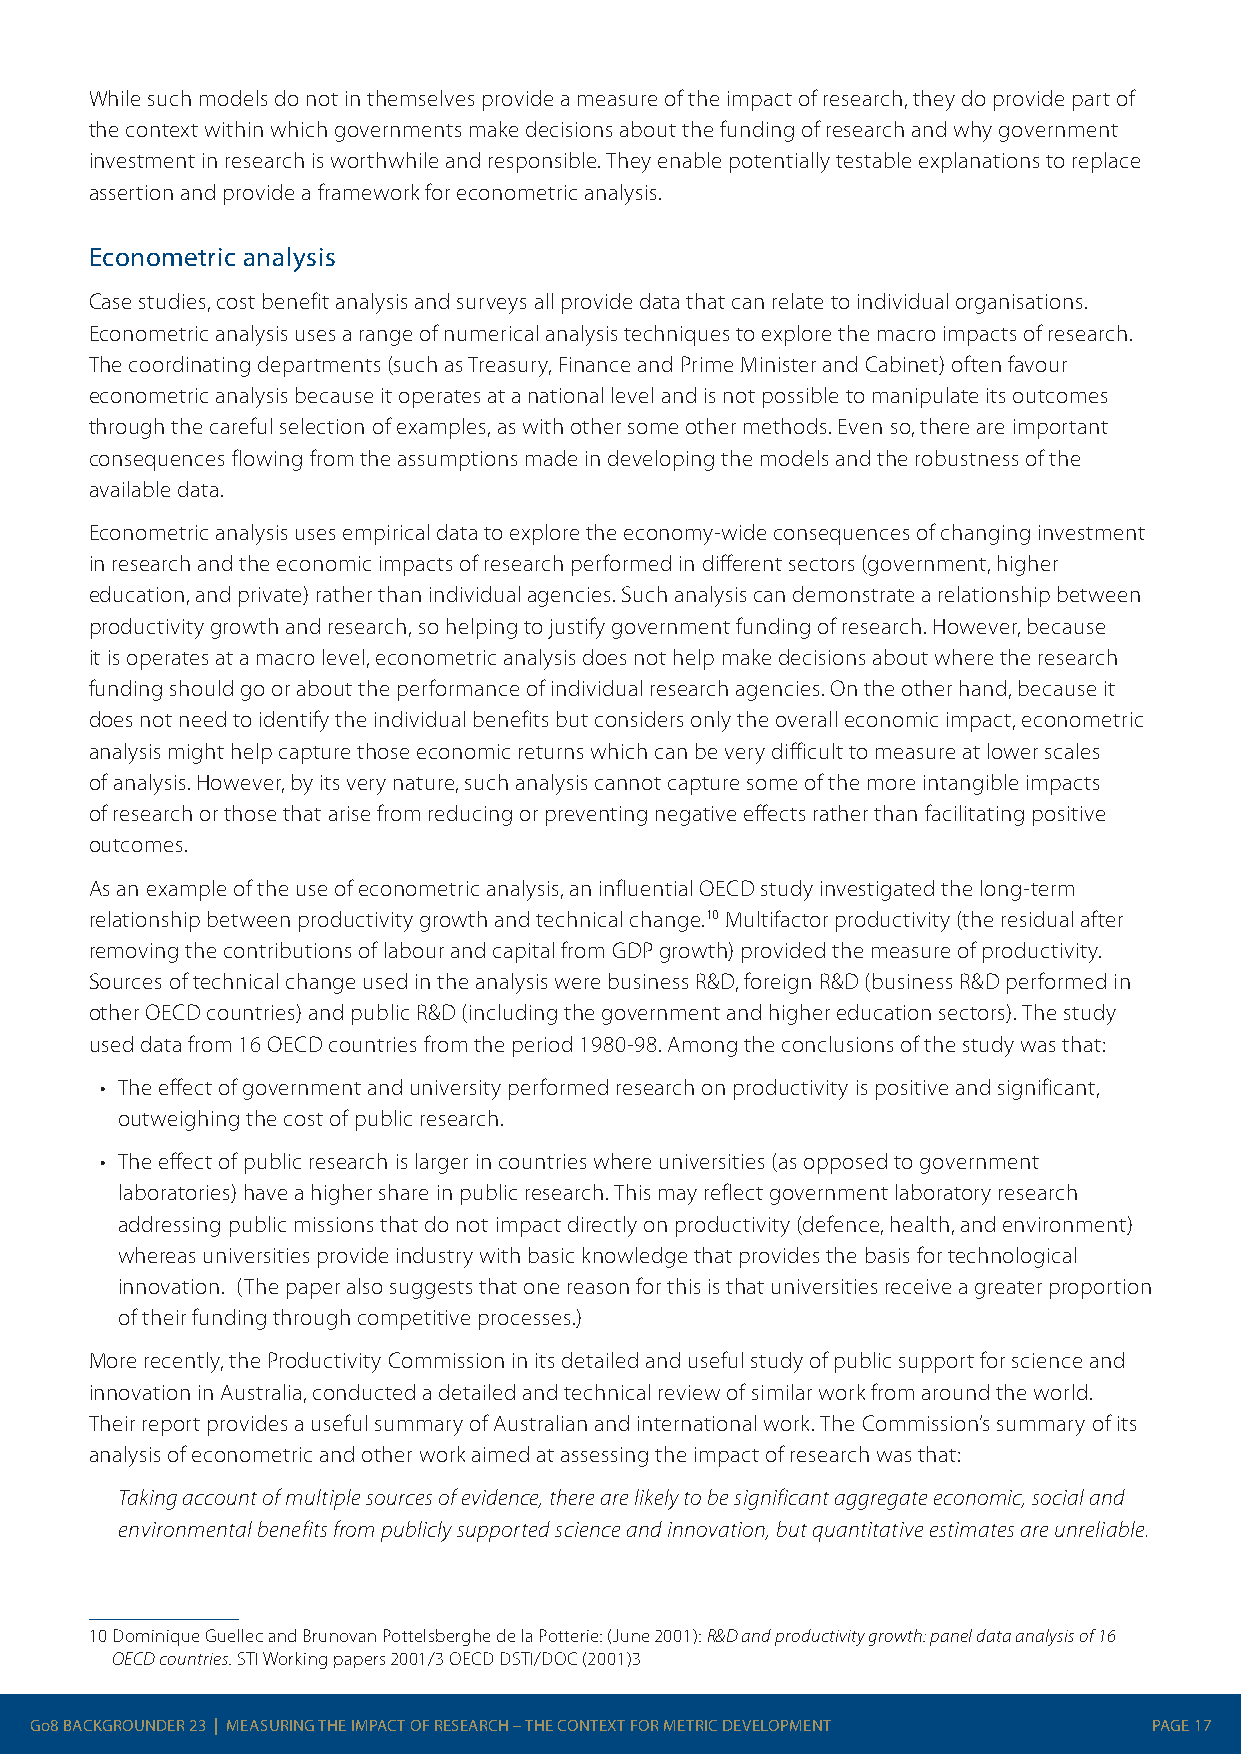
While such models do not in themselves provide a measure of the impact of research, they do provide part of
 the context within which governments make decisions about the funding of research and why government
 investment in research is worthwhile and responsible. They enable potentially testable explanations to replace
 assertion and provide a framework for econometric analysis.
 Econometric analysis
 Case studies, cost benefit analysis and surveys all provide data that can relate to individual organisations.
 Econometric analysis uses a range of numerical analysis techniques to explore the macro impacts of research.
 The coordinating departments (such as Treasury, Finance and Prime Minister and Cabinet) often favour
 econometric analysis because it operates at a national level and is not possible to manipulate its outcomes
 through the careful selection of examples, as with other some other methods. Even so, there are important
 consequences flowing from the assumptions made in developing the models and the robustness of the
 available data.
 Econometric analysis uses empirical data to explore the economy-wide consequences of changing investment
 in research and the economic impacts of research performed in different sectors (government, higher
 education, and private) rather than individual agencies. Such analysis can demonstrate a relationship between
 productivity growth and research, so helping to justify government funding of research. However, because
 it is operates at a macro level, econometric analysis does not help make decisions about where the research
 funding should go or about the performance of individual research agencies. On the other hand, because it
 does not need to identify the individual benefits but considers only the overall economic impact, econometric
 analysis might help capture those economic returns which can be very difficult to measure at lower scales
 of analysis. However, by its very nature, such analysis cannot capture some of the more intangible impacts
 of research or those that arise from reducing or preventing negative effects rather than facilitating positive
 outcomes.
 As an example of the use of econometric analysis, an influential OECD study investigated the long-term
 relationship between productivity growth and technical change.10 Multifactor productivity (the residual after
 removing the contributions of labour and capital from GDP growth) provided the measure of productivity.
 Sources of technical change used in the analysis were business R&D, foreign R&D (business R&D performed in
 other OECD countries) and public R&D (including the government and higher education sectors). The study
 used data from 16 OECD countries from the period 1980-98. Among the conclusions of the study was that:
 • The effect of government and university performed research on productivity is positive and significant,
 outweighing the cost of public research.
 • The effect of public research is larger in countries where universities (as opposed to government
 laboratories) have a higher share in public research. This may reflect government laboratory research
 addressing public missions that do not impact directly on productivity (defence, health, and environment)
 whereas universities provide industry with basic knowledge that provides the basis for technological
 innovation. (The paper also suggests that one reason for this is that universities receive a greater proportion
 of their funding through competitive processes.)
 More recently, the Productivity Commission in its detailed and useful study of public support for science and
 innovation in Australia, conducted a detailed and technical review of similar work from around the world.
 Their report provides a useful summary of Australian and international work. The Commission’s summary of its
 analysis of econometric and other work aimed at assessing the impact of research was that:
 Taking account of multiple sources of evidence, there are likely to be significant aggregate economic, social and
 environmental benefits from publicly supported science and innovation, but quantitative estimates are unreliable.
 10 Dominique Guellec and Brunovan Pottelsberghe de la Potterie: (June 2001): R&D and productivity growth: panel data analysis of 16
 OECD countries. STI Working papers 2001/3 OECD DSTI/DOC (2001)3
 Go8 BACKGROUNDER 23 | MEASURING THE IMPACT OF RESEARCH – THE CONTEXT FOR METRIC DEVELOPMENT PAGE 17